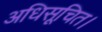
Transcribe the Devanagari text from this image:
अधिसूचित।